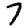
Digit: 7